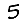
Digit: 5